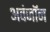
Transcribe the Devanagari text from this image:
अवंजॉन